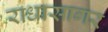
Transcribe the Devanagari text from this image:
राधासागर